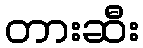
တားဆီး